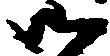
御